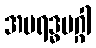
အပရဒ္ဓမဂ္ဂါ